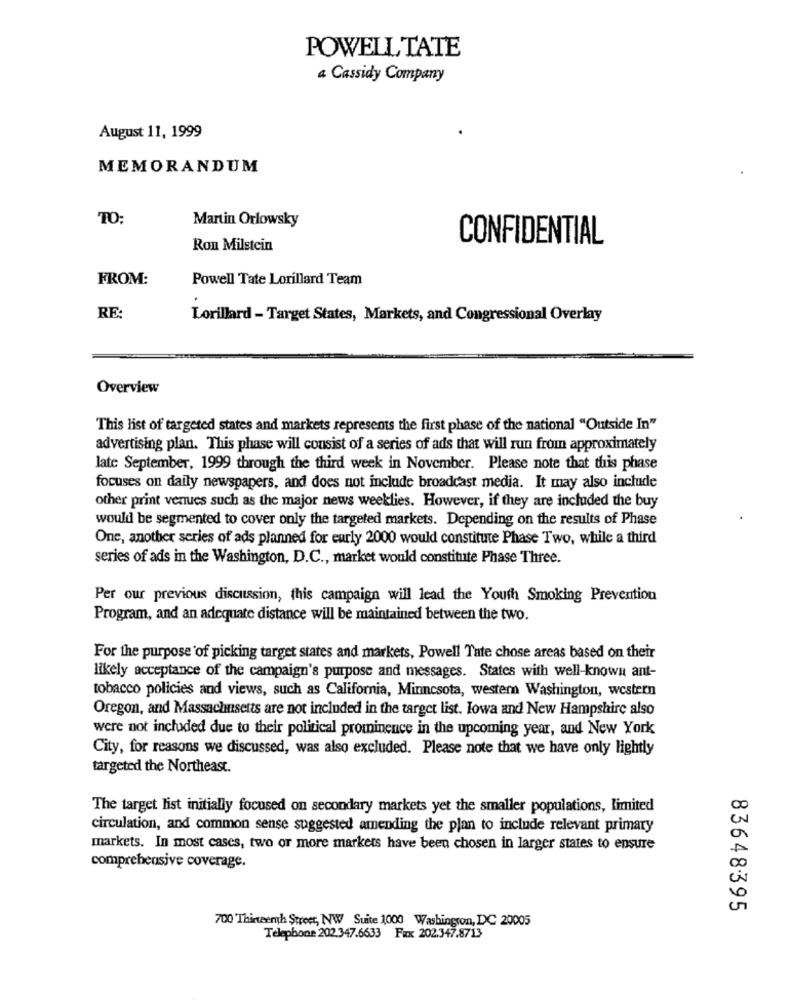
POWELLTATE
a Cassidy Company
August 11, 1999
MEMORANDUM
TO:
Martin Orlowsky
CONFIDENTIAL
Ron Milstein
FROM:
Powell Tate Lorillard Team
RE
Lorillard - Target States, Markets, and Congressional Overlay
Overview
This list of targeted states and markets represents the first phase of the national "Outside In"
advertising plan. This phase will consist of a series of ads that will run from approximately
late September, 1999 through the third week in November. Please note that this phase
focuses on daily newspapers, and does not include broadcast media. It may also include
other print venues such as the major news weeklies. However, if they are included the buy
would be segmented to cover only the targeted markets. Depending on the results of Phase
One, another series of ads planned for early 2000 would constitute Phase Two, while a third
series of ads in the Washington, D.C ., market would constitute Phase Three.
Per our previous discussion, this campaign will lead the Youth Smoking Prevention
Program, and an adequate distance will be maintained between the two.
For the purpose of picking target states and markets, Powell Tate chose areas based on their
likely acceptance of the campaign's purpose and messages. States with well-known ant-
tobacco policies and views, such as California, Minnesota, wester Washington, western
Oregon, and Massachusetts are not included in the target list. Iowa and New Hampshire also
were not included due to their political prominence in the upcoming year, and New York
City, for reasons we discussed, was also excluded. Please note that we have only lightly
targeted the Northeast.
The target list initially focused on secondary markets yet the smaller populations, limited
circulation, and common sense suggested amending the plan to include relevant primary
markets. In most cases, two or more markets have been chosen in larger states to ensure
comprehensive coverage.
83648395
700 Thirteenth Street, NW Suite 1000 Washington, DC 20005
Telephone 202.347.6633 Fax 202.347.8713